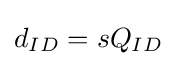
\textstyle d_{ID}=sQ_{ID}